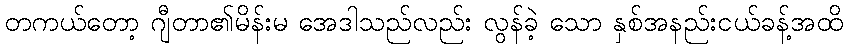
တကယ်တော့ ဂျီတာ၏မိန်းမ အေဒါသည်လည်း လွန်ခဲ့ သော နှစ်အနည်းငယ်ခန့်အထိ